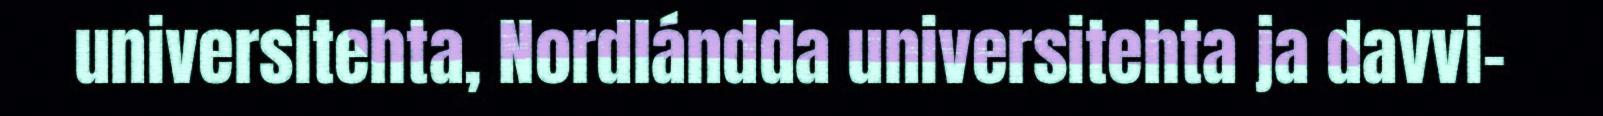
universitehta, Nordlándda universitehta ja davvi-